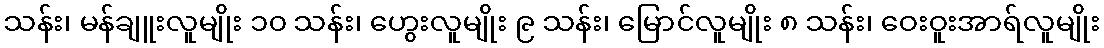
သန်း၊ မန်ချူးလူမျိုး ၁၀ သန်း၊ ဟွေးလူမျိုး ၉ သန်း၊ မြောင်လူမျိုး ၈ သန်း၊ ဝေးဝူးအာရ်လူမျိုး